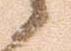
候